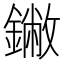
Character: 䥕